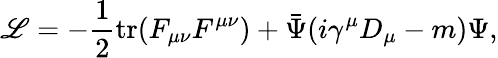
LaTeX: {\cal\mathscr{L}}=-\frac{{1}}{{2}}\mathrm{{tr}}(F_{\mu\nu}F^{\mu\nu})+\bar{{\Psi}}(i\gamma^{\mu}D_{\mu}-m)\Psi,